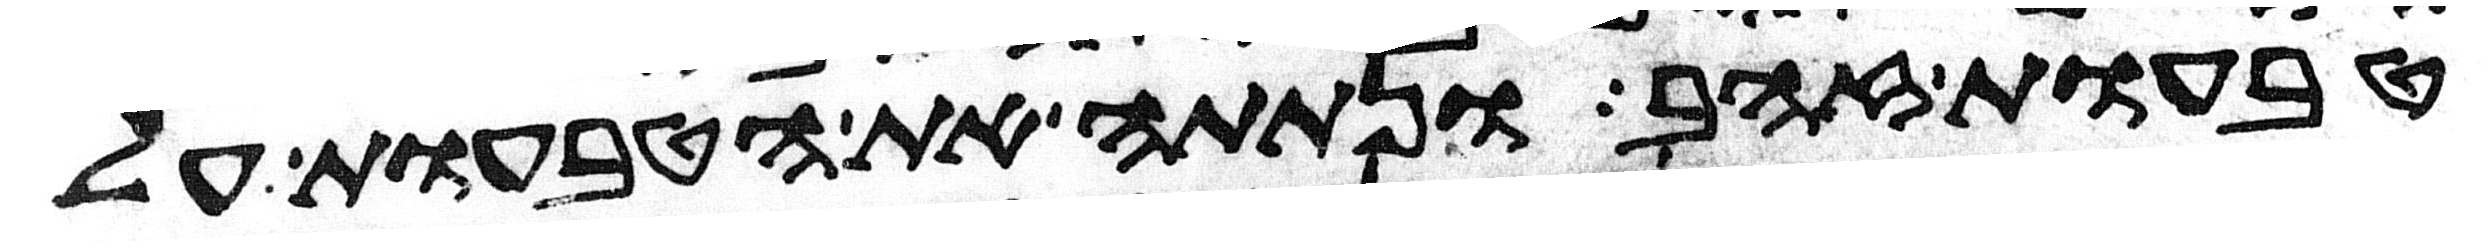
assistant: טבעות זהב ונתתה את הטבעות על